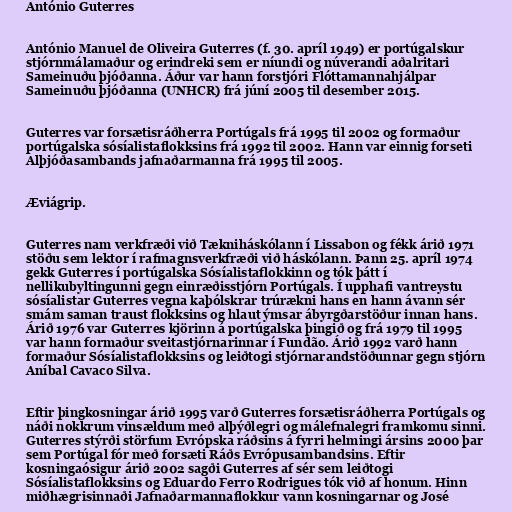
António Guterres

António Manuel de Oliveira Guterres (f. 30. apríl 1949) er portúgalskur
stjórnmálamaður og erindreki sem er níundi og núverandi aðalritari
Sameinuðu þjóðanna. Áður var hann forstjóri Flóttamannahjálpar
Sameinuðu þjóðanna (UNHCR) frá júní 2005 til desember 2015.

Guterres var forsætisráðherra Portúgals frá 1995 til 2002 og formaður
portúgalska sósíalistaflokksins frá 1992 til 2002. Hann var einnig forseti
Alþjóðasambands jafnaðarmanna frá 1995 til 2005.

Æviágrip.

Guterres nam verkfræði við Tækniháskólann í Lissabon og fékk árið 1971
stöðu sem lektor í rafmagnsverkfræði við háskólann. Þann 25. apríl 1974
gekk Guterres í portúgalska Sósíalistaflokkinn og tók þátt í
nellikubyltingunni gegn einræðisstjórn Portúgals. Í upphafi vantreystu
sósíalistar Guterres vegna kaþólskrar trúrækni hans en hann ávann sér
smám saman traust flokksins og hlaut ýmsar ábyrgðarstöður innan hans.
Árið 1976 var Guterres kjörinn á portúgalska þingið og frá 1979 til 1995
var hann formaður sveitastjórnarinnar í Fundão. Árið 1992 varð hann
formaður Sósíalistaflokksins og leiðtogi stjórnarandstöðunnar gegn stjórn
Aníbal Cavaco Silva.

Eftir þingkosningar árið 1995 varð Guterres forsætisráðherra Portúgals og
náði nokkrum vinsældum með alþýðlegri og málefnalegri framkomu sinni.
Guterres stýrði störfum Evrópska ráðsins á fyrri helmingi ársins 2000 þar
sem Portúgal fór með forsæti Ráðs Evrópusambandsins. Eftir
kosningaósigur árið 2002 sagði Guterres af sér sem leiðtogi
Sósíalistaflokksins og Eduardo Ferro Rodrigues tók við af honum. Hinn
miðhægrisinnaði Jafnaðarmannaflokkur vann kosningarnar og José